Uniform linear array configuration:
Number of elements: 12
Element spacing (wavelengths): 0.25
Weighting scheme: binomial
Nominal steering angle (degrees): -30
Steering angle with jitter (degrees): -28.51
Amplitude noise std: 0.05
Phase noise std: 0.05

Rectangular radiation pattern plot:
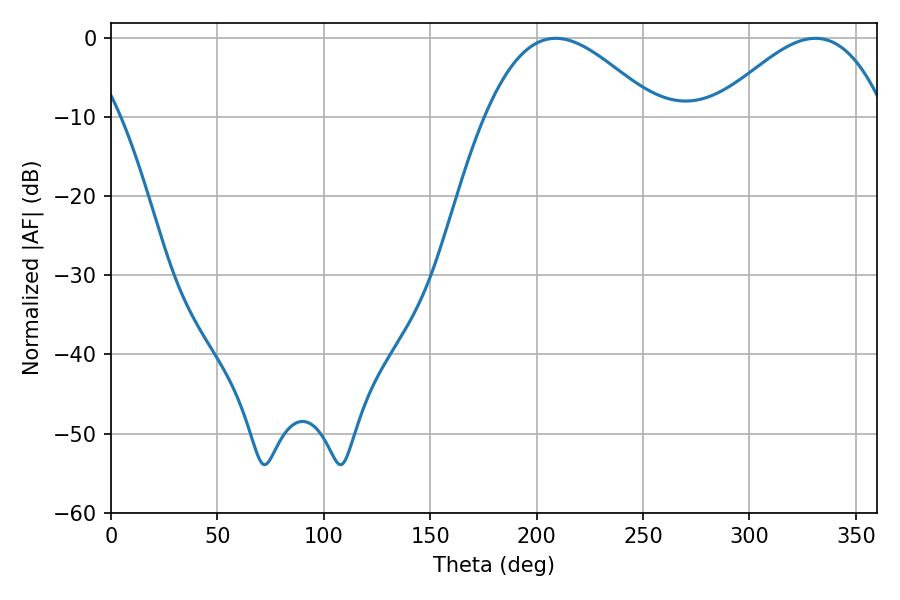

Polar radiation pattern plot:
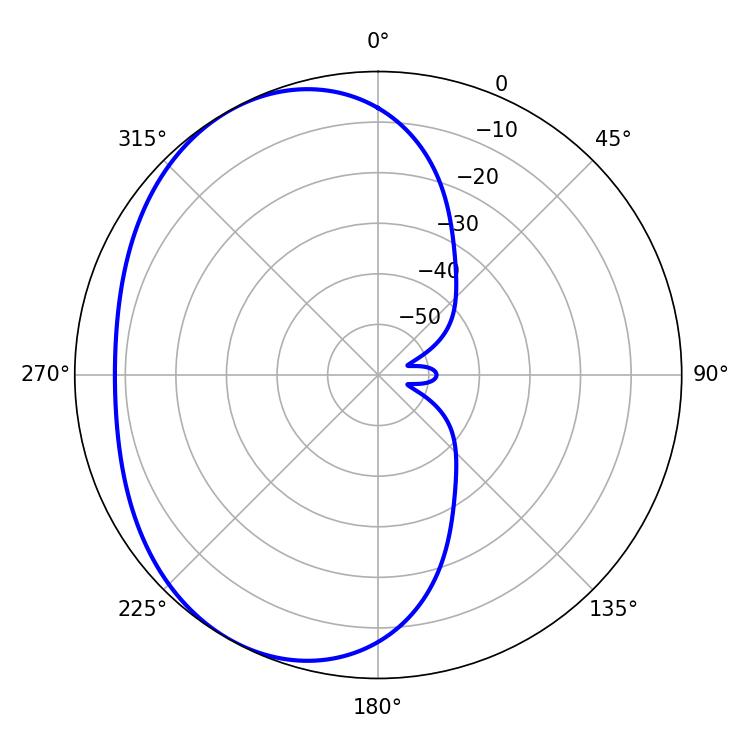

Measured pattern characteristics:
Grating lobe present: FALSE
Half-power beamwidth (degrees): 43.38
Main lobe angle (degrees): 208.98